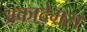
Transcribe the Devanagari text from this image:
अकादेमस